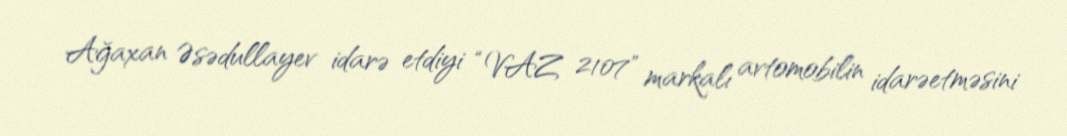
Ağaxan Əsədullayev idarə etdiyi “VAZ 2107" markalı avtomobilin idarəetməsini